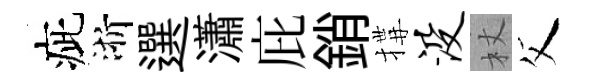
疵浙選瀟庇銷搆没杖父